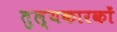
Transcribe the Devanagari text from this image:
तुल्यकारकों